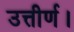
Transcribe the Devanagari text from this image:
उत्तीर्ण।